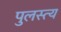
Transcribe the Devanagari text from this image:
पुलस्‍त्‍य